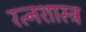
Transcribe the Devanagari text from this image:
रत्नशास्त्र